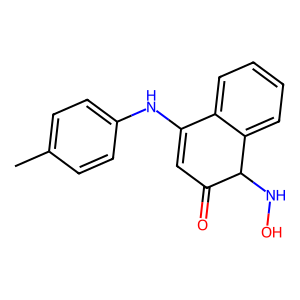
SMILES: Cc1ccc(NC2=CC(=O)C(NO)c3ccccc32)cc1
Inhibits HIV replication: No